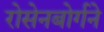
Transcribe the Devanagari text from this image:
रोसेनबोर्गने